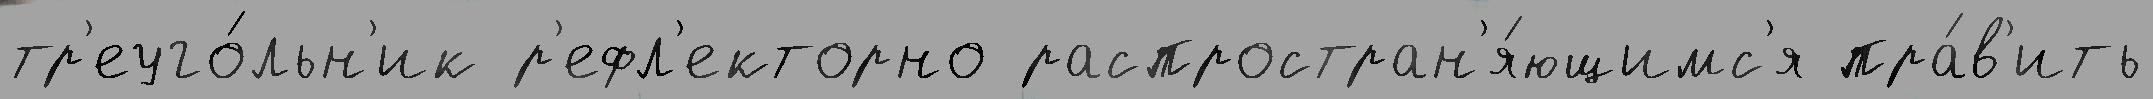
тр'еуго́льн'ик р'ефл'екторно распростран'я́ющимс'я пра́в'ить